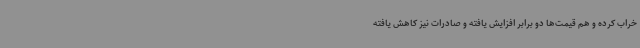
خراب کرده و هم قیمت‌ها دو برابر افزایش یافته و صادرات نیز کاهش یافته